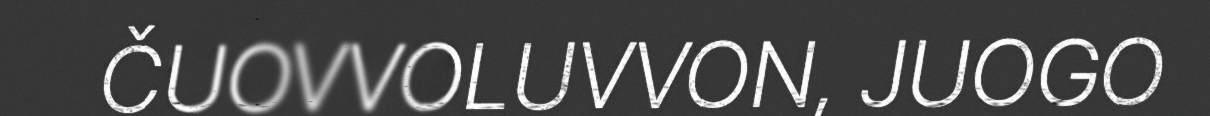
ČUOVVOLUVVON, JUOGO